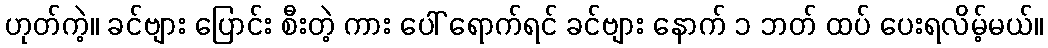
ဟုတ်ကဲ့။ ခင်ဗျား ပြောင်း စီးတဲ့ ကား ပေါ် ရောက်ရင် ခင်ဗျား နောက် ၁ ဘတ် ထပ် ပေးရလိမ့်မယ်။